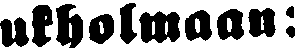
ukholmaan: